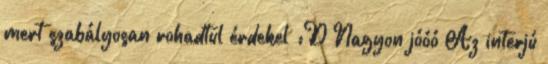
mert szabályosan rohadtul érdekel :D Nagyon jóóó Az interjú